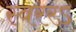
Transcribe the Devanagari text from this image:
स्वररऽ